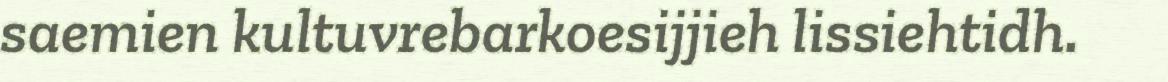
saemien kultuvrebarkoesijjieh lissiehtidh.